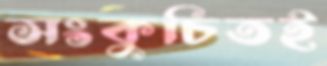
সংকুচিতই